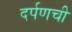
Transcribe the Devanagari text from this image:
दर्पणची